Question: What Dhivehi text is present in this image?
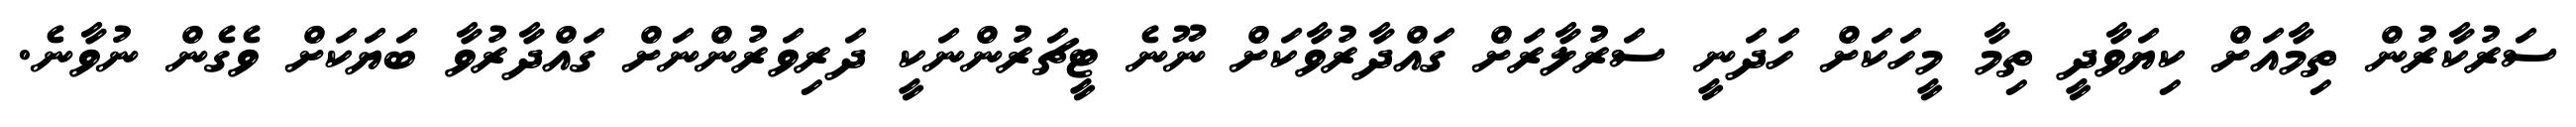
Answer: ސަރުކާރުން ތިމާއަށް ކިޔަވާދީ ތިމާ މީހަކަށް ހަދަނީ ސަރުލާރަށް ގައްދާރުވާކަށް ނޫނެ ޓީޗަރުންނަކީ ދަރިވަރުންނަށް ގައްދާރުވާ ބަޔަކަށް ވެގެން ނުވާނެ.